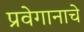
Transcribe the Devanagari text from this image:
प्रवेगानाचे